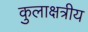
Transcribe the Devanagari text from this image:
कुलाक्षत्रीय